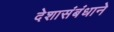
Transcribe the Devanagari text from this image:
देशासंबंधाने